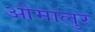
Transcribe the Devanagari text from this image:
ओमालुर